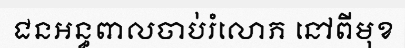
ជនអន្ធពាលចាប់រំលោភ នៅពីមុខ